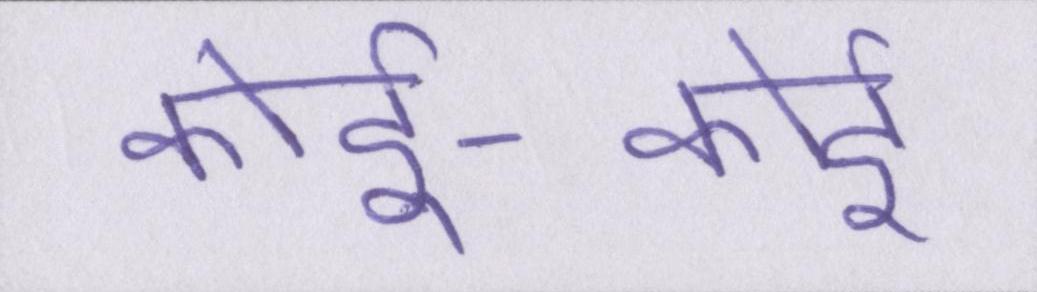
कोई-कोई